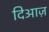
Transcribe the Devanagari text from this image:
दिआज़